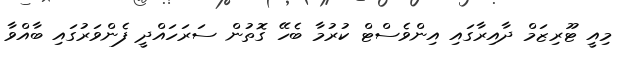
މިއީ ޓޫރިޒަމް ދާއިރާގައި އިންވެސްޓް ކުރުމާ ބެހޭ ގޮތުން ސަރަހައްދީ ފެންވަރުގައި ބާއްވާ